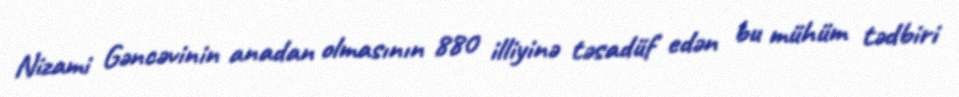
Nizami Gəncəvinin anadan olmasının 880 illiyinə təsadüf edən bu mühüm tədbiri